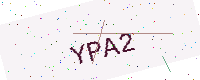
Text: YPA2